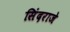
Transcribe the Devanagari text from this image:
सिंदराजे